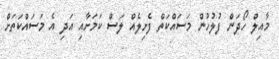
މާއިލް ހޯދަން ފުލުހުން މަސައްކަތް ފެށިލެއް ލަސް ކަމަށާއި އަދި އެ މަސައްކަތަށް